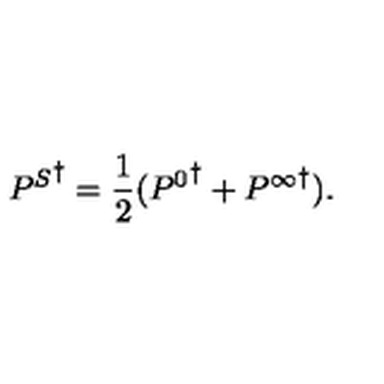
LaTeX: { P ^ { S } } ^ { \dagger } = \frac { 1 } { 2 } ( { P ^ { 0 } } ^ { \dagger } + { P ^ { \infty } } ^ { \dagger } ) .